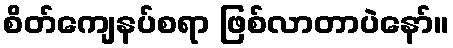
စိတ်ကျေနပ်စရာ ဖြစ်လာတာပဲနော်။